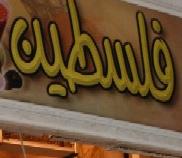
فلسطين